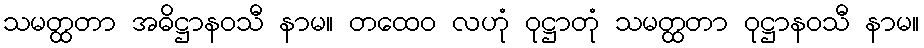
သမတ္ထတာ အဓိဋ္ဌာနဝသီ နာမ။ တထေဝ လဟုံ ဝုဋ္ဌာတုံ သမတ္ထတာ ဝုဋ္ဌာနဝသီ နာမ။